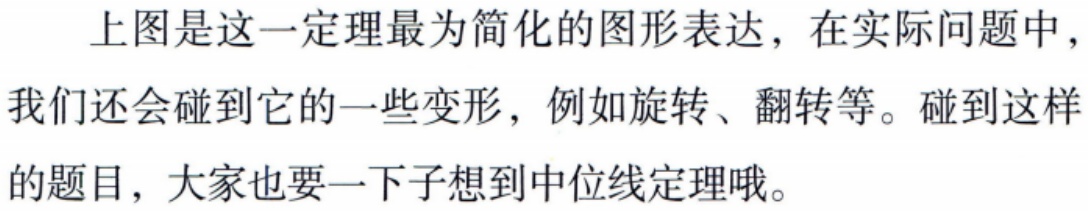
上图是这一定理最为简化的图形表达，在实际问题中，我们还会碰到它的一些变形，例如旋转、翻转等。碰到这样的题目，大家也要一下子想到中位线定理哦。